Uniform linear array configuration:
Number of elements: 32
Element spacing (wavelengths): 0.75
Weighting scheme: hamming
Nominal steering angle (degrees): -30
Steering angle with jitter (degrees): -28.104
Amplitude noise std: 0.05
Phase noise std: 0.05

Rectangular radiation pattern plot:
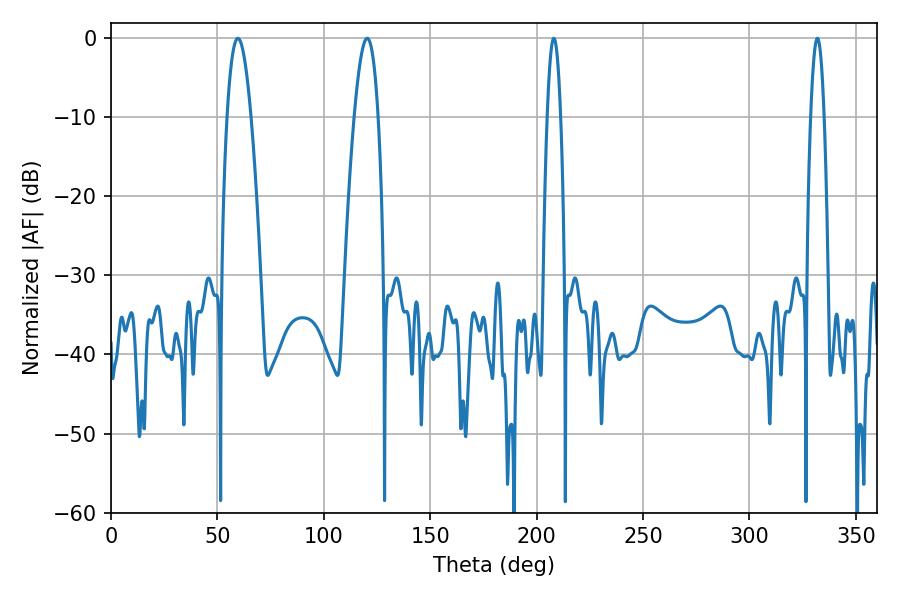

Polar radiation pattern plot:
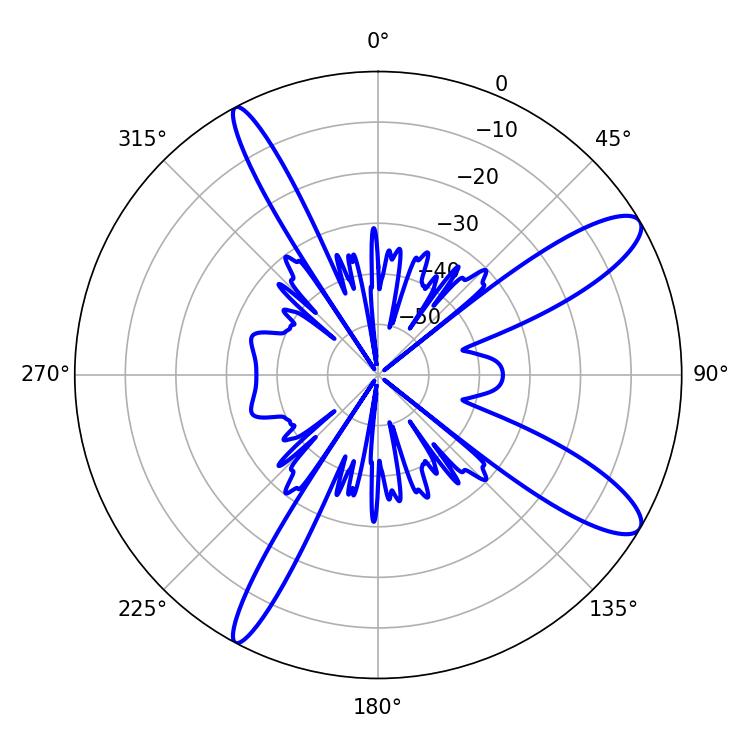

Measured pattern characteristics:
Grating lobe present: TRUE
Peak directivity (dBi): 11.577
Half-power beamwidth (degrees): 3.42
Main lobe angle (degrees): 208.08